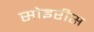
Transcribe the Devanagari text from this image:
सोइरीस